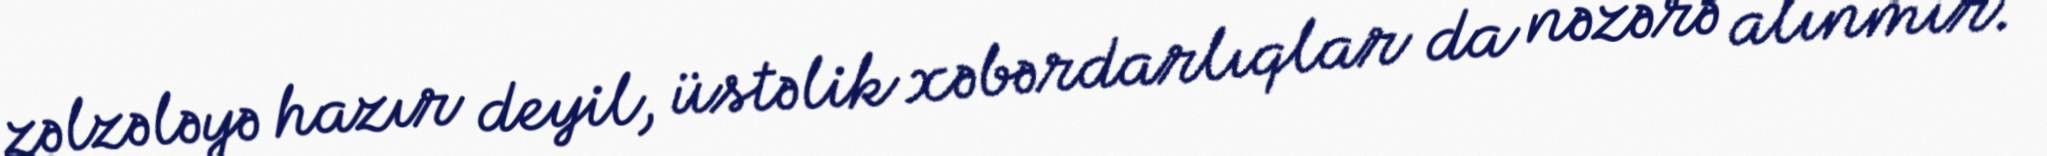
zəlzələyə hazır deyil, üstəlik xəbərdarlıqlar da nəzərə alınmır.